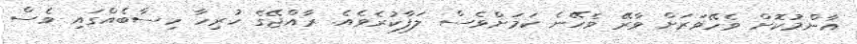
އާންމުކޮށް ވެހޭވަރަށް ވާރޭ ވެހޭނެ ކަމަށްވެސް ލަފާކުރެވެއެ. ރާއްޖޭގެ ހުރިހާ ހިސާބެއްގައި ވެސް